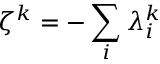
\zeta ^ { k } = - \sum _ { i } \lambda _ { i } ^ { k }